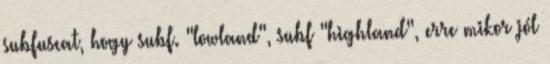
subfuscat, hogy subf. "lowland", subf "highland", erre mikor jól